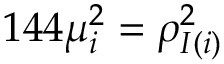
1 4 4 \mu _ { i } ^ { 2 } = \rho _ { I ( i ) } ^ { 2 }